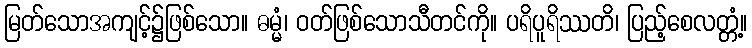
မြတ်သောအကျင့်၌ဖြစ်သော။ ဓမ္မံ၊ ဝတ်ဖြစ်သောသီတင်ကို။ ပရိပူရိဿတိ၊ ပြည့်စေလတ္တံ့။